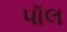
પૉલ